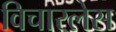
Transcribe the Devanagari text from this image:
विचारलेस